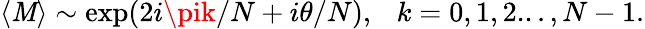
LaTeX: \langle\mathit{M}\rangle\sim\exp(2i\pik/N+i\theta/N),\ \ \ k=0,1,2...,N-1.